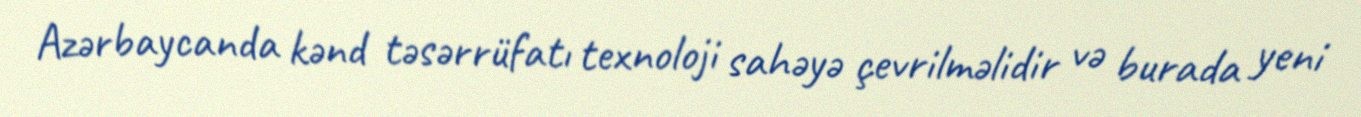
Azərbaycanda kənd təsərrüfatı texnoloji sahəyə çevrilməlidir və burada yeni